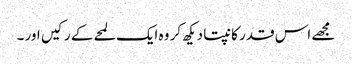
مجھے اس قدر کانپتا دیکھ کر وہ ایک لمحے کے رکیں اور ۔